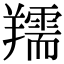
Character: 羺